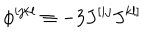
\phi ^ { i j k l } \equiv - 3 J ^ { [ i j } J ^ { k l ] }